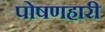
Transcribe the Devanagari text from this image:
पोषणहारी